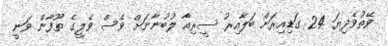
ވޭތުވެދިޔަ 24 ގަޑިއިރަށް ބަލާއިރު ސީރިއާ ލުބުނާނަށް ވެސް ވެލީގެ ތޫފާން ވަނީ